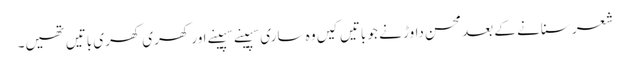
شعر سنانے کے بعد محسن داوڑ نے جو باتیں کیں وہ ساری سپینے سپینے اور کھری کھری باتیں تھیں۔